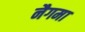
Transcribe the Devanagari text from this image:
नैगमा